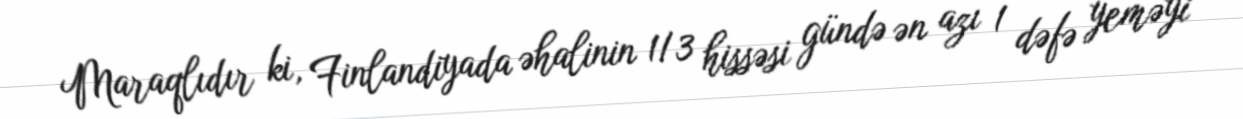
Maraqlıdır ki, Finlandiyada əhalinin 1/3 hissəsi gündə ən azı 1 dəfə yeməyi